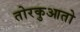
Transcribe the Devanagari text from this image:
तोरकुआतो